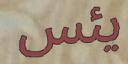
يئس